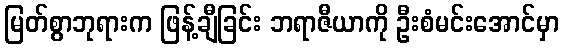
မြတ်စွာဘုရားက ဖြန့်ချီခြင်း ဘရာဇီယာကို ဦးစံမင်းအောင်မှာ